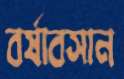
বর্ষাবসান